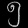
Digit: ၅